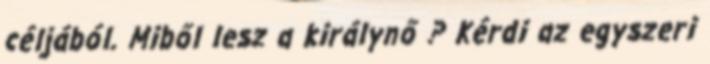
céljából. Miből lesz a királynő ? Kérdi az egyszeri